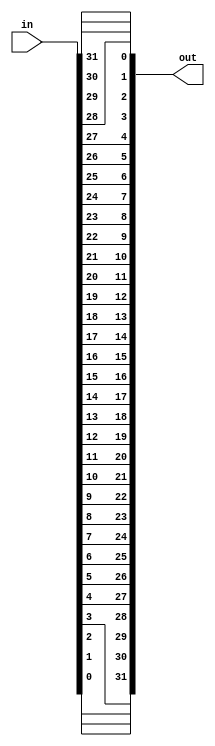
module bitreverse(in,out);

    parameter MAXBITS=32;

    input [MAXBITS-1:0] in;
    output reg [MAXBITS-1:0] out;

    
    reg a[MAXBITS-1:0];

    always @(in)
    begin
        rev(in,out);
    end
    
    task rev(input [MAXBITS:0] in,output [MAXBITS:0] out);
        
        integer i;
        for (i=0; i<MAXBITS; i=i+1)
            begin
                out[i]=in[MAXBITS-1-i];
            end
    
    endtask

endmodule